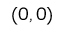
( 0 , 0 )